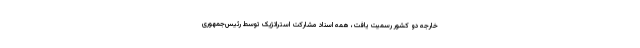
خارجه دو کشور رسمیت یافت، همه اسناد مشارکت استراتژیک توسط رئیس‌جمهوری